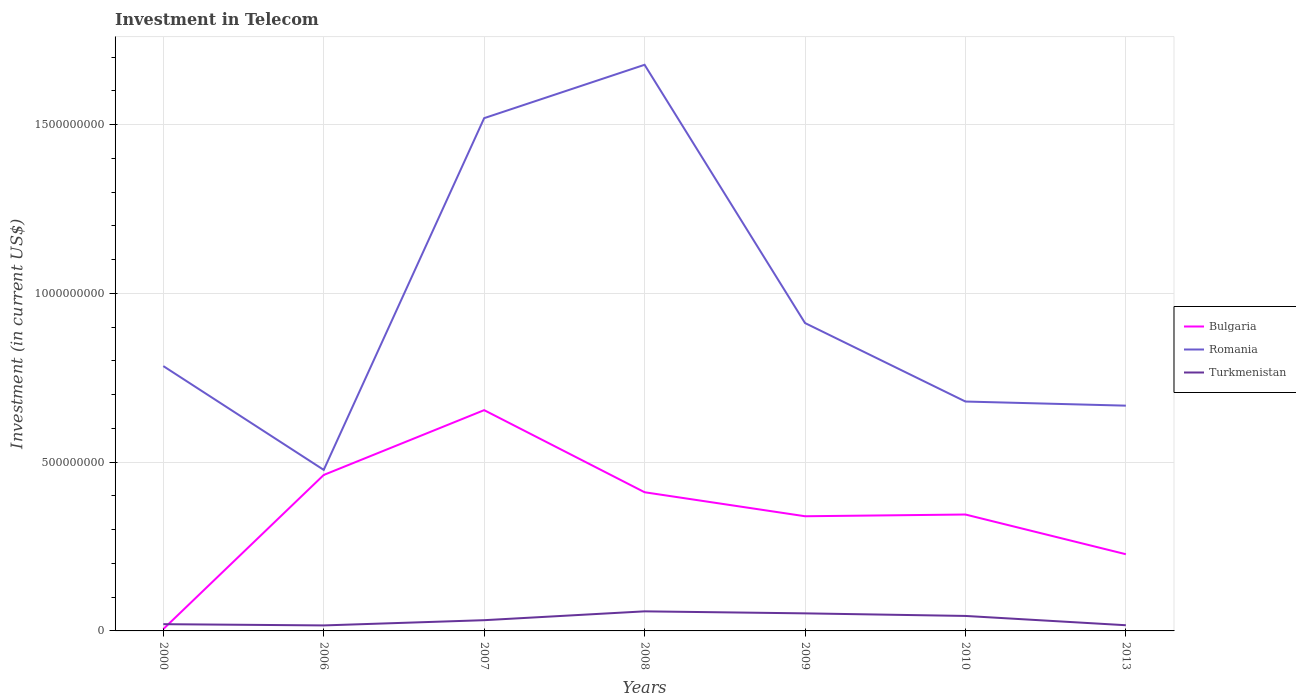
| Years | Bulgaria | Romania | Turkmenistan |
 | --- | --- | --- | --- |
 | 2000 | 5.4e+06 | 7.84e+08 | 2e+07 |
 | 2006 | 4.62e+08 | 4.77e+08 | 1.63e+07 |
 | 2007 | 6.54e+08 | 1.52e+09 | 3.18e+07 |
 | 2008 | 4.11e+08 | 1.68e+09 | 5.8e+07 |
 | 2009 | 3.4e+08 | 9.12e+08 | 5.2e+07 |
 | 2010 | 3.45e+08 | 6.8e+08 | 4.44e+07 |
 | 2013 | 2.27e+08 | 6.67e+08 | 1.69e+07 |